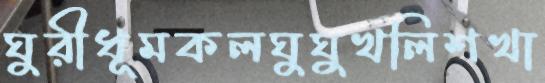
ঘুরীধূমকলঘুঘুখলিশখা